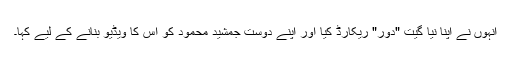
انہوں نے اپنا نیا گیت "دور" ریکارڈ کیا اور اپنے دوست جمشید محمود کو اس کا ویڈیو بنانے کے لیے کہا۔